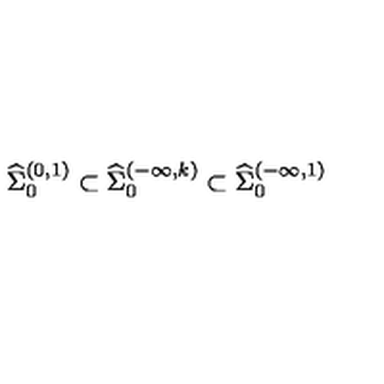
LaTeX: { \widehat \Sigma } _ { 0 } ^ { ( 0 , 1 ) } \subset { \widehat \Sigma } _ { 0 } ^ { ( - \infty , k ) } \subset { \widehat \Sigma } _ { 0 } ^ { ( - \infty , 1 ) }